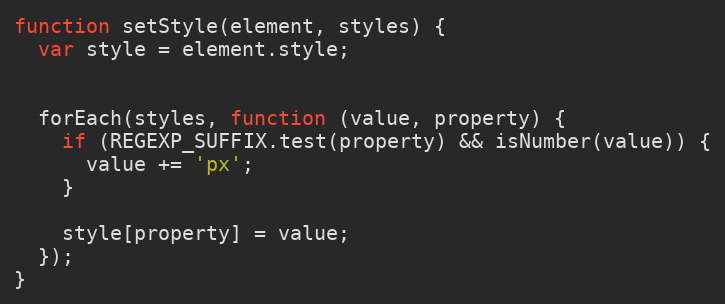
Language: JavaScript
function setStyle(element, styles) {
  var style = element.style;

  forEach(styles, function (value, property) {
    if (REGEXP_SUFFIX.test(property) && isNumber(value)) {
      value += 'px';
    }

    style[property] = value;
  });
}